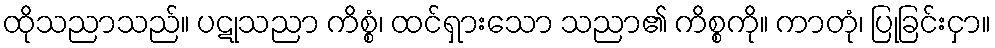
ထိုသညာသည်။ ပဋုသညာ ကိစ္စံ၊ ထင်ရှားသော သညာ၏ ကိစ္စကို။ ကာတုံ၊ ပြုခြင်းငှာ။